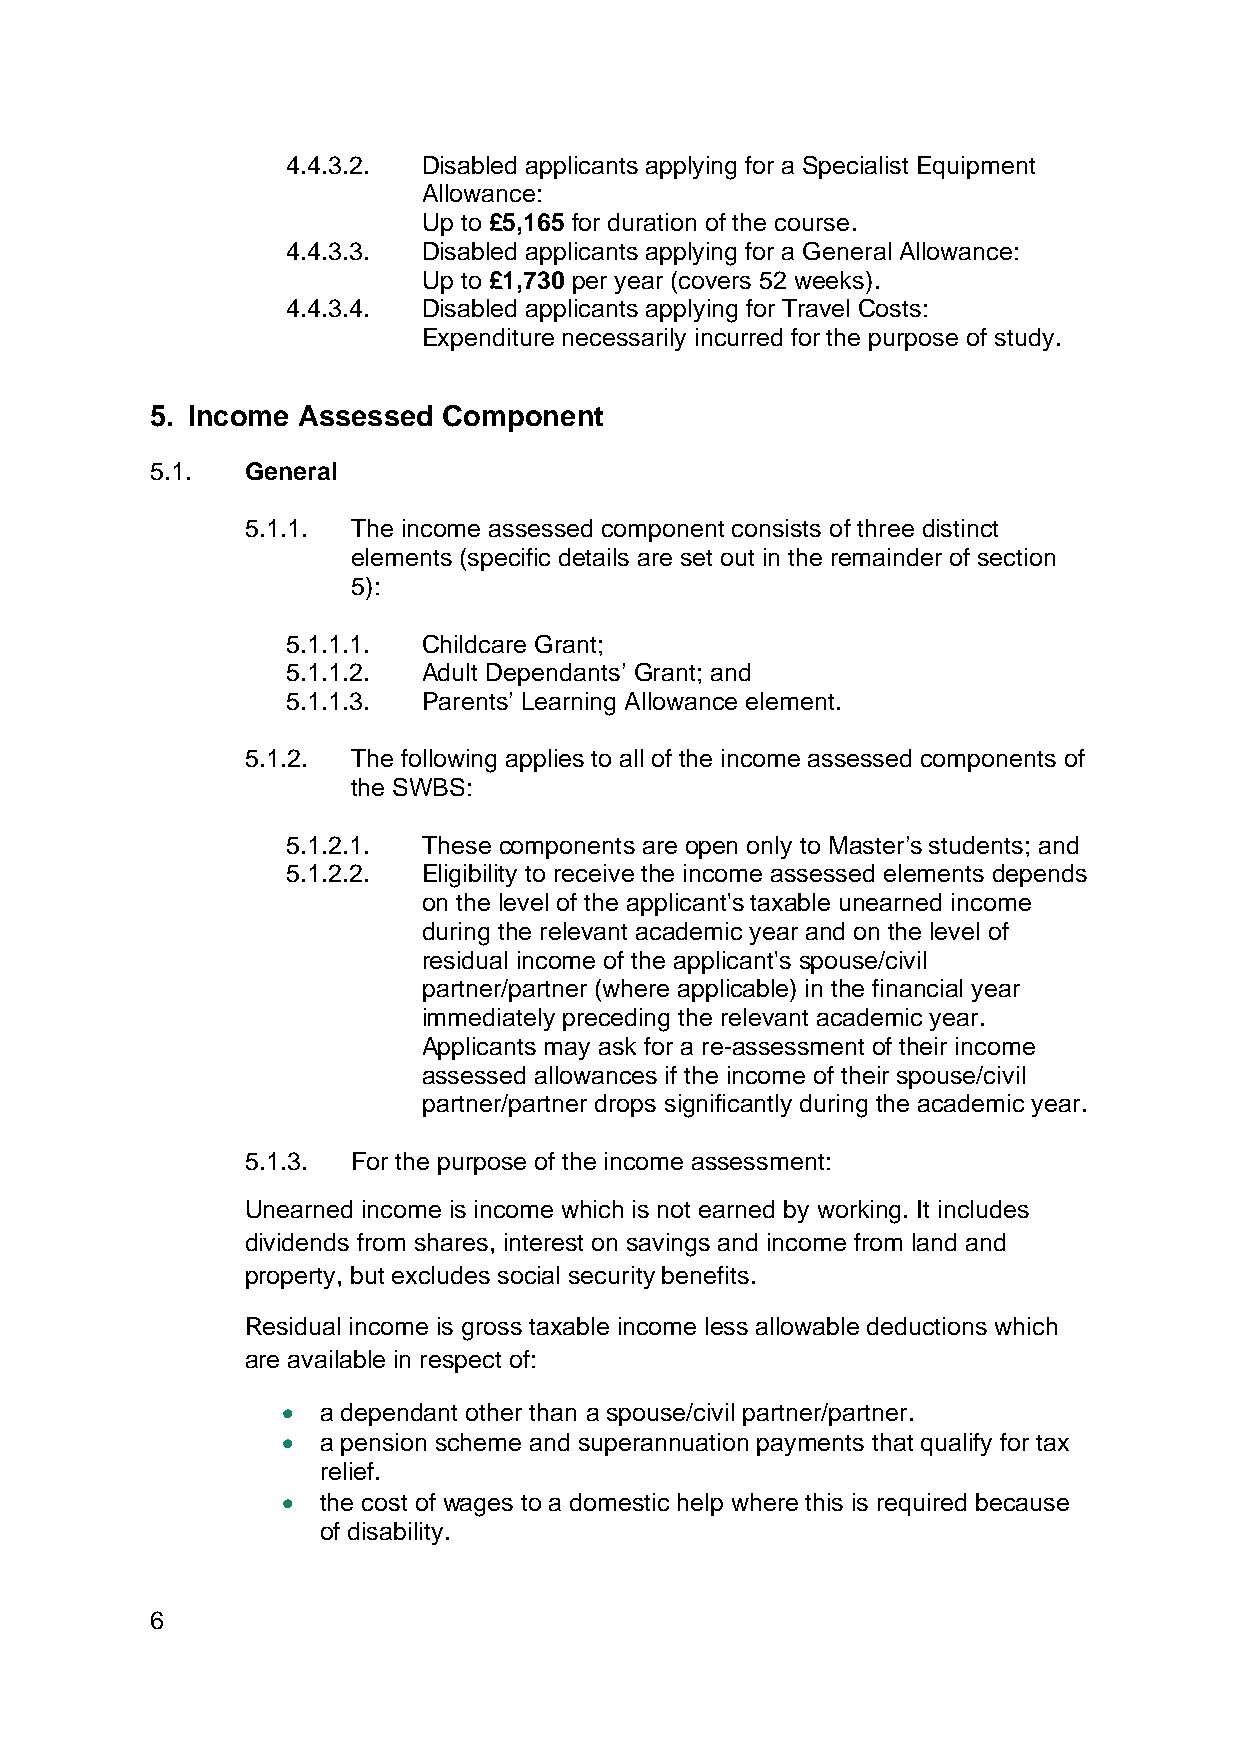
4.4.3.2. Disabled applicants applying for a Specialist Equipment
 Allowance:
 Up to £5,165 for duration of the course.
 4.4.3.3. Disabled applicants applying for a General Allowance:
 Up to £1,730 per year (covers 52 weeks).
 4.4.3.4. Disabled applicants applying for Travel Costs:
 Expenditure necessarily incurred for the purpose of study.
 5. Income Assessed Component
 5.1.  General
 5.1.1. The income assessed component consists of three distinct
 elements (specific details are set out in the remainder of section
 5):
 5.1.1.1. Childcare Grant;
 5.1.1.2. Adult Dependants’ Grant; and
 5.1.1.3. Parents’ Learning Allowance element.
 5.1.2. The following applies to all of the income assessed components of
 the SWBS:
 5.1.2.1. These components are open only to Master’s students; and
 5.1.2.2. Eligibility to receive the income assessed elements depends
 on the level of the applicant's taxable unearned income
 during the relevant academic year and on the level of
 residual income of the applicant's spouse/civil
 partner/partner (where applicable) in the financial year
 immediately preceding the relevant academic year.
 Applicants may ask for a re-assessment of their income
 assessed allowances if the income of their spouse/civil
 partner/partner drops significantly during the academic year.
 5.1.3. For the purpose of the income assessment:
 Unearned income is income which is not earned by working. It includes
 dividends from shares, interest on savings and income from land and
 property, but excludes social security benefits.
 Residual income is gross taxable income less allowable deductions which
 are available in respect of:
 • a dependant other than a spouse/civil partner/partner.
 • a pension scheme and superannuation payments that qualify for tax
 relief.
 • the cost of wages to a domestic help where this is required because
 of disability.
 6